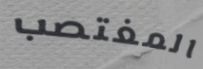
المغتصب